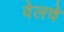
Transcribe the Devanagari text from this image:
वेलचे